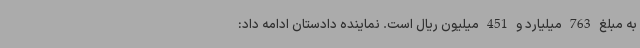
به مبلغ 763 میلیارد و 451 میلیون ریال است. نماینده دادستان ادامه داد: